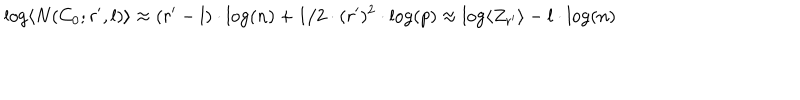
\log \langle N ( C _ { 0 } ; r ^ { \prime } , l ) \rangle \approx ( r ^ { \prime } - l ) \cdot \log ( n ) + 1 / 2 \cdot ( r ^ { \prime } ) ^ { 2 } \cdot \log ( p ) \approx \log \langle Z _ { r ^ { \prime } } \rangle - l \cdot \log ( n )